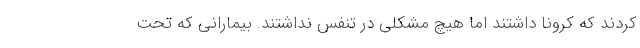
کردند که کرونا داشتند اما هیچ مشکلی در تنفس نداشتند. بیمارانی که تحت